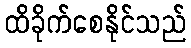
ထိခိုက်စေနိုင်သည်